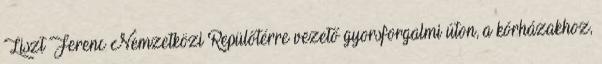
Liszt Ferenc Nemzetközi Repülőtérre vezető gyorsforgalmi úton, a kórházakhoz,